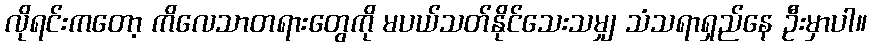
လိုရင်းကတော့ ကိလေသာတရားတွေကို မပယ်သတ်နိုင်သေးသမျှ သံသရာရှည်နေ ဦးမှာပါ။